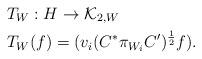
LaTeX: \begin{align*}&T_{W}:H \rightarrow \mathcal{K}_{2,W} \\&T_{W}(f)=(v_{i}(C^{*}\pi_{W_{i}}C^{\prime})^{\frac{1}{2}}f).\end{align*}